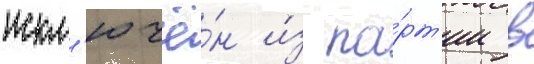
искл'ючё́н и́з па́рт'ии в